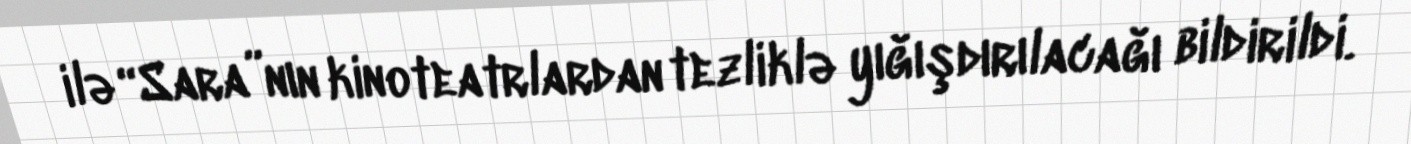
ilə “Sara”nın kinoteatrlardan tezliklə yığışdırılacağı bildirildi.